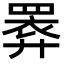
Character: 𢍧